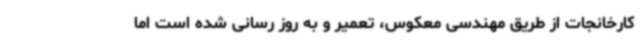
کارخانجات از طریق مهندسی معکوس، تعمیر و به روز رسانی شده است اما